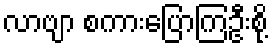
လာဗျာ စကားပြောကြဦးစို့